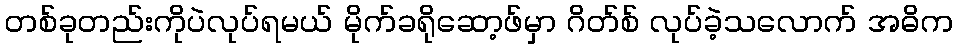
တစ်ခုတည်းကိုပဲလုပ်ရမယ် မိုက်ခရိုဆော့ဖ်မှာ ဂိတ်စ် လုပ်ခဲ့သလောက် အဓိက